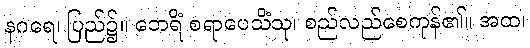
နဂရေ၊ ပြည်၌။ ဘေရိံ စရာပေသိံသု၊ စည်လည်စေကုန်၏။ အထ၊